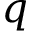
q